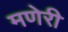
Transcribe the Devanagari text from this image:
मणेरी